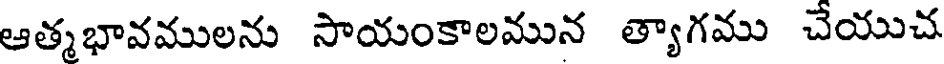
ఆత్మభావములను సాయంకాలమున త్యాగము చేయుచ